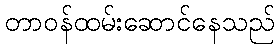
တာဝန်ထမ်းဆောင်နေသည်